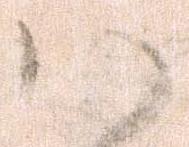
ハ